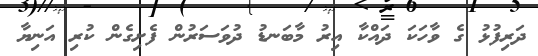
ދަރިފުޅު ގެ ވާހަކަ ދައްކާ އިރު މާބަނޑު ދުވަސަރުން ފެށިގެން ކުރި އަނިޔާ